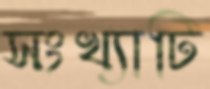
সংখ্যাটি